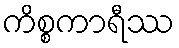
ကိစ္စကာရီဿ